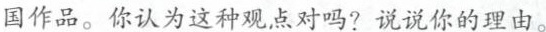
国作品。你认为这种观点对吗?说说你的理由。